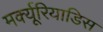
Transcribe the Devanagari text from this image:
मर्क्यूरियाडिस